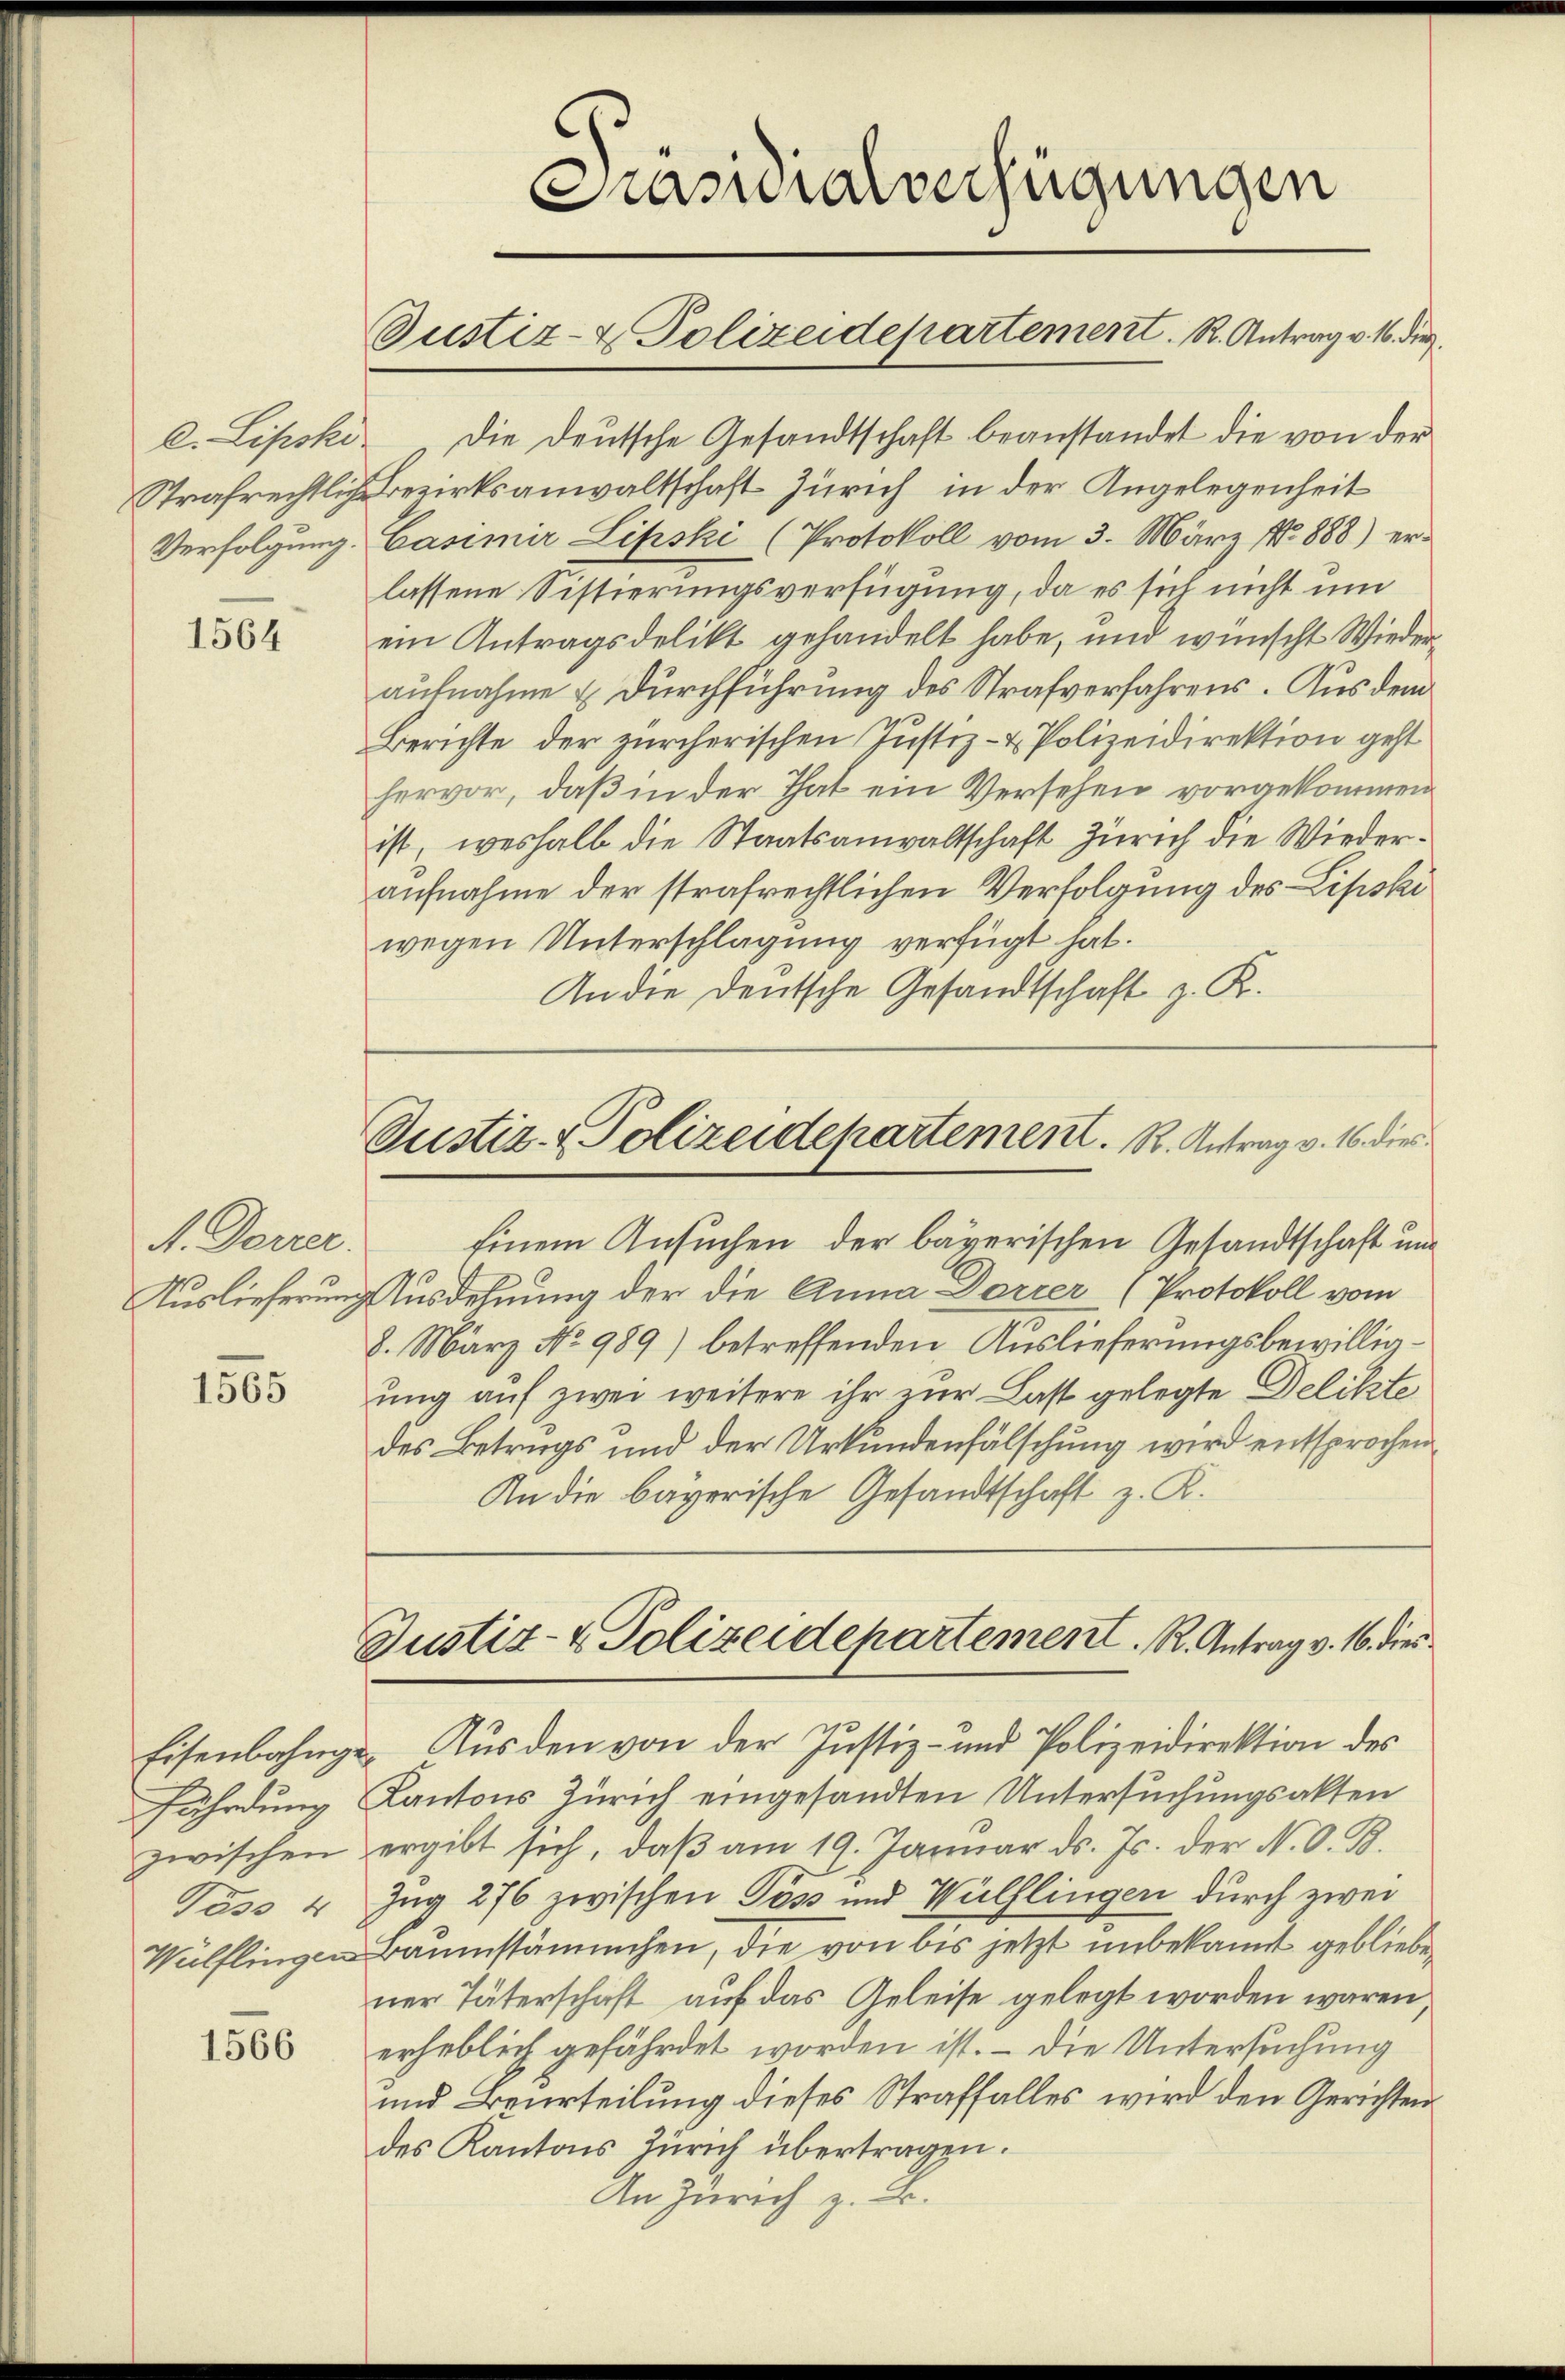
Verfolgung.

1564

A. Derrer.

1565

Eisenbahnge
fährdung
zwischen
Täss 4
Wülflingen

1566

Prasialverfügungen
Justiz- & Polizeidepartement. R. Antrag v. 16. die

Justiz- & Polizeidepartement. R. Antrag v. 16. die

Einem Ansuchen der bayerischen Gesandtschaft und
Auslieferung Ausdehnung der die Anna Darrer (Protokoll vom
8. März No 989) betreffenden Auslieferungsbewilligung auf zwei weitere ihr zur Last gelegte Delikte
des Betrugs und der Urkundenfälschung wird entsprochen
An die bayerische Gesandtschaft z. K.

Justiz- & Polizeidepartement. R. Antrag v. 16. dies

C. Lipski. Die Deutsche Gesandtschaft beanstandet die von der
Strafrechtliche Bezirksanwaltschaft Zürich in der Angelegenheit
Casimir Lipski (Protokoll vom 3. März No. 888) erlassene Sistierungsverfügung, da es sich nicht um
ein Antragsdelikt gehandelt habe, und wünscht Wiederaufnahme & Durchführung des Strafverfahrens. Aus dem
Berichte der zürcherischen Justiz- & Polizeidirektion geht
hervor, daß in der That ein Versehen vorgekommen
ist, weshalb die Staatsanwaltschaft Zürich die Wiederaufnahme der strafrechtlichen Verfolgung des Lipski
wegen Unterschlagung verfügt hat.
An die deutsche Gesandtschaft z. K.

Ausden von der Justiz- und Polizeidirektion des
Kantons Zürich eingesandten Untersuchungsakten
ergibt sich, daß am 19. Januar d. Js. der N. O. B.
Zug 276 zwischen Poss und Wülflingen durch zwei
Baumstännchen, die von bis jetzt unbekannt geblieben
ner Täterschaft auf das Geleise gelegt worden wären,
erheblich gefährdet worden ist. – Die Untersuchung
und Beurteilung dieses Straffalles wird den Gerichten
des Kantons Zürich übertragen.
An Zürich z. B.